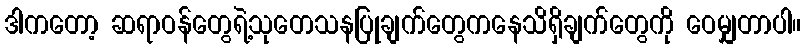
ဒါကတော့ ဆရာဝန်တွေရဲ့သုတေသနပြုချက်တွေကနေသိရှိချက်တွေကို ဝေမျှတာပါ။